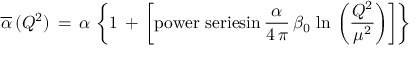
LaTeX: \overline { { { \alpha } } } \, ( Q ^ { 2 } ) \, = \, \alpha \, \left\{ 1 \, + \, \left[ \mathrm { p o w e r ~ s e r i e s i n } \, \frac { \alpha } { 4 \, \pi } \, \beta _ { 0 } \, \ln \, \left( \frac { Q ^ { 2 } } { \mu ^ { 2 } } \right) \right] \right\}